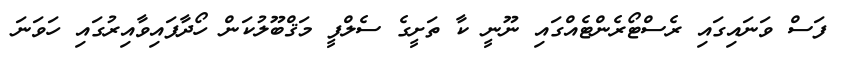
ފަސް ވަނައިގައި ރެސްޓޯރެންޓެއްގައި ނޫނީ ކާ ތަށީގެ ސެލްފީ މަޤްބޫލުކަން ހޯދާފައިވާއިރުގައި ހަވަނަ